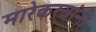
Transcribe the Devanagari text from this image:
मारेकऱ्यांनी